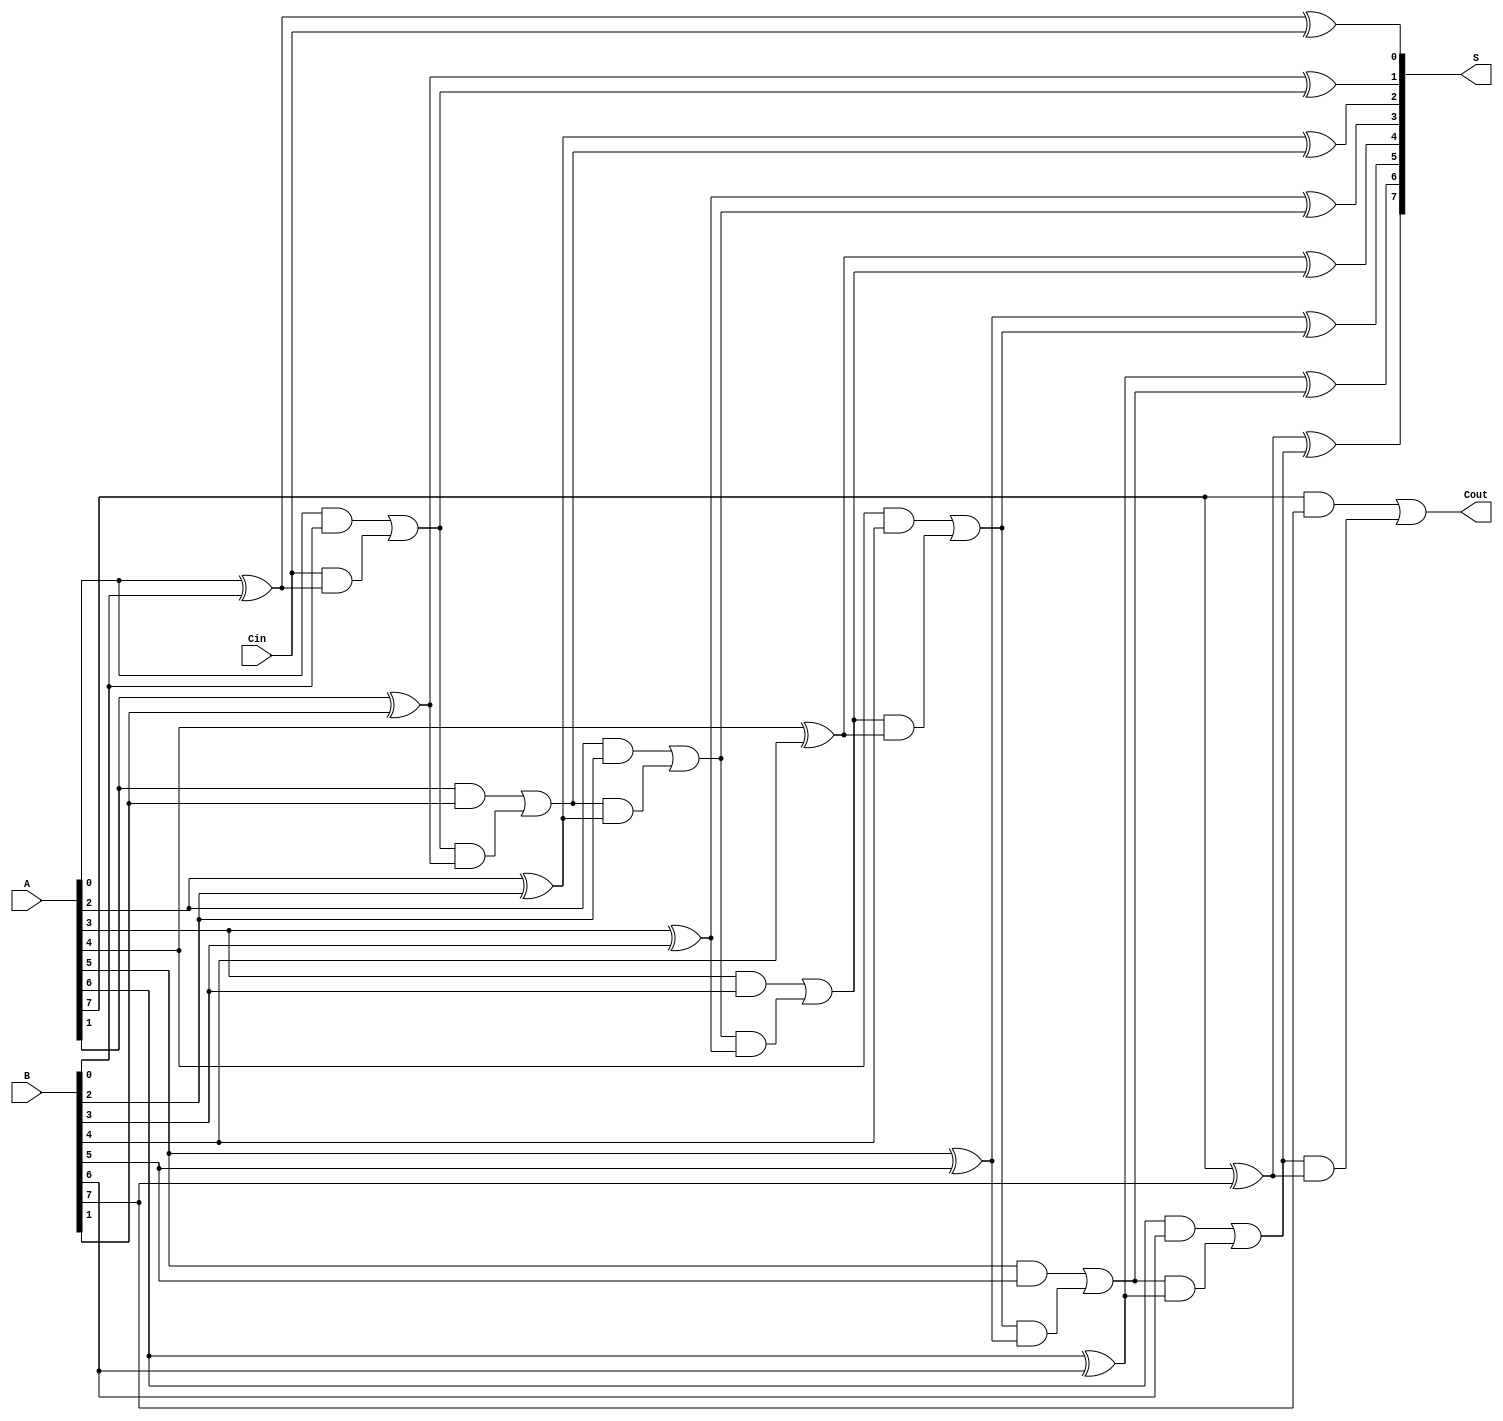
module ManchesterCarryChainAdder #(
    parameter WIDTH = 8 // Parameterized bit-width
)(
    input  wire [WIDTH-1:0] A,      // First operand
    input  wire [WIDTH-1:0] B,      // Second operand
    input  wire Cin,                 // Carry input
    output wire [WIDTH-1:0] S,       // Sum output
    output wire Cout                 // Carry output
);

    // Internal wires for carry signals
    wire [WIDTH:0] carry; // carry[0] is Cin, carry[WIDTH] is Cout

    // Assign the initial carry input
    assign carry[0] = Cin;

    // Generate carry and sum for each bit
    genvar i;
    generate
        for (i = 0; i < WIDTH; i = i + 1) begin : adder_stage
            wire a, b, c;
            assign a = A[i];
            assign b = B[i];
            assign c = carry[i];

            // Carry generation using Manchester carry chain logic
            assign carry[i + 1] = (a & b) | (c & (a ^ b));

            // Sum calculation
            assign S[i] = a ^ b ^ c;
        end
    endgenerate

    // Assign the final carry output
    assign Cout = carry[WIDTH];

endmodule